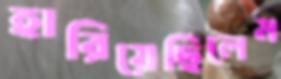
হারিয়েছিলেম